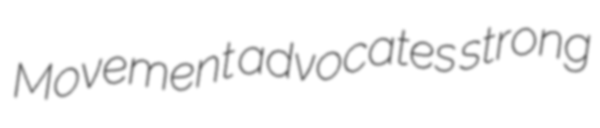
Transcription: Movement advocates strong